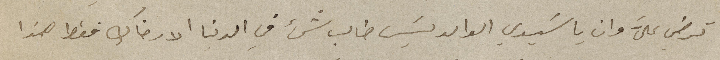
ترضى عليَّ وانا يا سَيدي الوالد لَيس طالب شيء في الدنيا الا رضاك فقط هذا